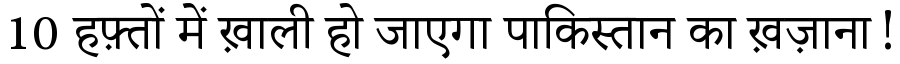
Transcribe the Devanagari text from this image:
10 हफ़्तों में ख़ाली हो जाएगा पाकिस्तान का ख़ज़ाना!